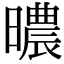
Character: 𣋏